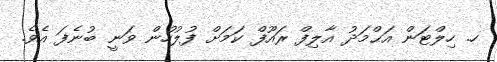
ހ. ހިލްޓަން އަޙްމަދު އާލިފް ރައޫފް ކަމަށް ފުލުހުން ވަނީ ބުނެފަ އެވެ.